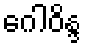
ဂေါဝိန္ဒ